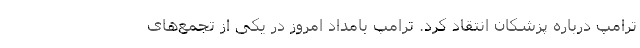
ترامپ درباره پزشکان انتقاد کرد. ترامپ بامداد امروز در یکی از تجمع‌های